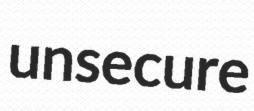
unsecure